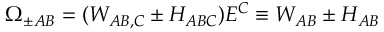
\Omega _ { \pm A B } = ( W _ { A B , C } \pm H _ { A B C } ) E ^ { C } \equiv W _ { A B } \pm H _ { A B }